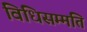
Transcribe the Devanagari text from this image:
विधिसम्मति